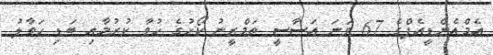
އެމްއެންޑީއެފްގެ 67 ވަނަ އަސާސީ ތަމްރީނު ކޯހުގެ ހުވާ ކުރުމާއި ބަޑި ހަވާލު